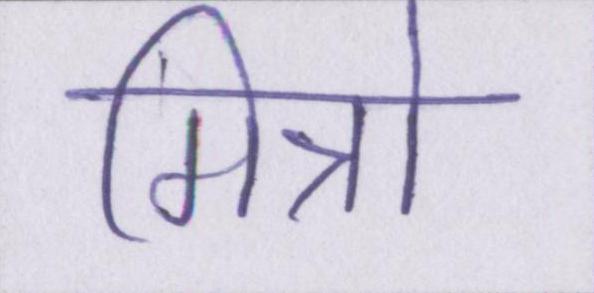
मित्रो